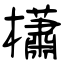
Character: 櫹